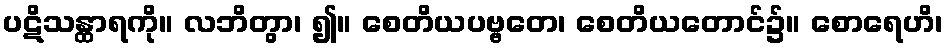
ပဋိသန္ထာရကို။ လဘိတွာ၊ ၍။ စေတိယပဗ္ဗတေ၊ စေတိယတောင်၌။ စောရေဟိ၊